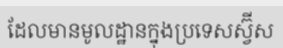
ដែលមានមូលដ្ឋានក្នុងប្រទេសស្វ៊ីស